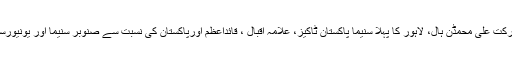
مثلاً شادی لال بلڈنگ، برکت علی محمڈن ہال، لاہور کا پہلا سنیما پاکستان ٹاکیز، علامہ اقبالؒ ، قائداعظمؒ اورپاکستان کی نسبت سے صنوبر سنیما اور یونیورسٹی گراؤنڈ وغیرہ وغیرہ۔